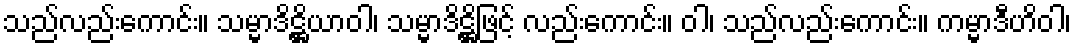
သည်လည်းကောင်း။ သမ္မာဒိဋ္ဌိယာဝါ၊ သမ္မာဒိဋ္ဌိဖြင့် လည်းကောင်း။ ဝါ၊ သည်လည်းကောင်း။ ကမ္မာဒီဟိဝါ၊